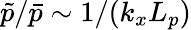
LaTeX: \tilde{p}/\bar{p}\sim 1/(k_{x}L_{p})